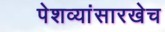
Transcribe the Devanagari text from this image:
पेशव्यांसारखेच